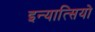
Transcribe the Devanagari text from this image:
इन्यात्सियो